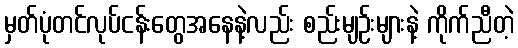
မှတ်ပုံတင်လုပ်ငန်းတွေအနေနဲ့လည်း စည်းမျဉ်းများနဲ့ ကိုက်ညီတဲ့